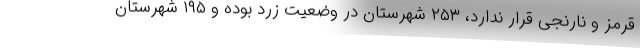
قرمز و نارنجی قرار ندارد، ۲۵۳ شهرستان در وضعیت زرد بوده و ۱۹۵ شهرستان